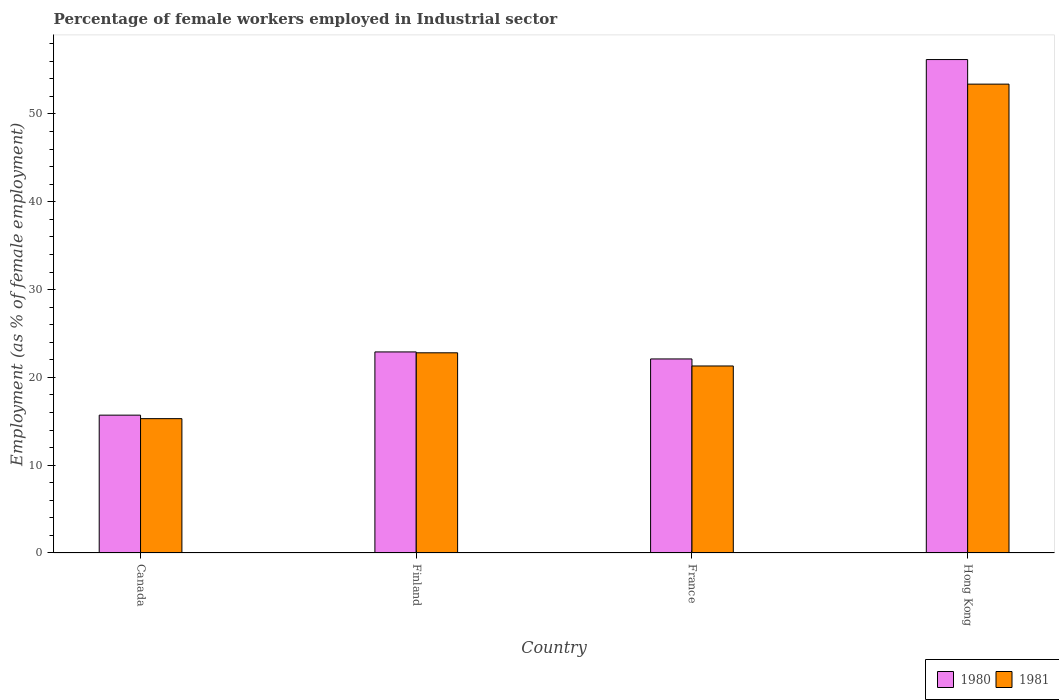
| Country | 1980 | 1981 |
 | --- | --- | --- |
 | Canada | 15.7 | 15.3 |
 | Finland | 22.9 | 22.8 |
 | France | 22.1 | 21.3 |
 | Hong Kong | 56.2 | 53.4 |